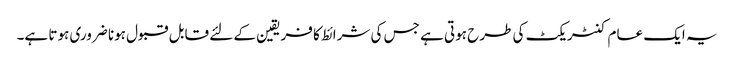
یہ ایک عام کنٹریکٹ کی طرح ہوتی ہے جس کی شرائط کا فریقین کے لئے قابل قبول ہونا ضروری ہوتا ہے۔